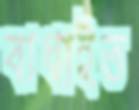
বাধাইত